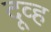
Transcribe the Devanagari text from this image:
दूव्ह